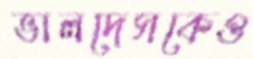
ভালদেসকেও